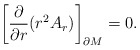
\begin{align*}{\left[{\partial \over \partial r}(r^{2}A_{r})\right]}_{\partial M}=0 .\end{align*}